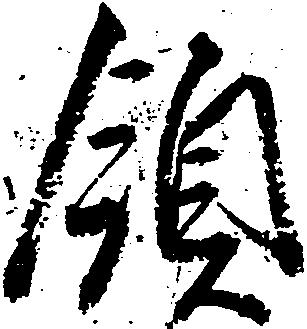
領